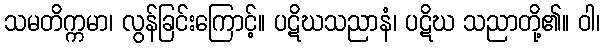
သမတိက္ကမာ၊ လွန်ခြင်းကြောင့်။ ပဋိဃသညာနံ၊ ပဋိဃ သညာတို့၏။ ဝါ၊